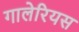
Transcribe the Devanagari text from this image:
गालेरियस